Leaving Certificate Examination (including Day School Certificate (Higher) General paper), 1936
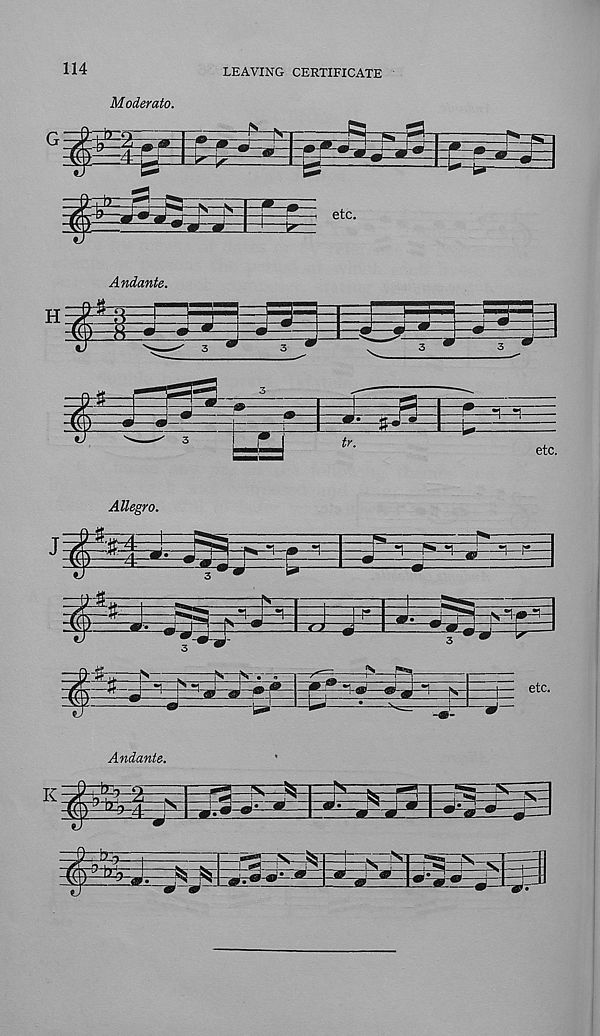
114
LEAVING CERTIFICATE
Moderate.
Allegro.
K:
Andante.
^2=
^4-
1
-cHrt
^
<a;W’
1